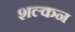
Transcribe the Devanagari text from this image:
शल्‍कन